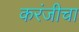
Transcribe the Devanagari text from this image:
करंजीचा